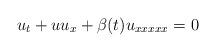
LaTeX: \begin{align*}u_t+uu_x+\beta(t)u_{xxxxx}=0\end{align*}